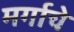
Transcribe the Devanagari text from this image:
मर्गाचे